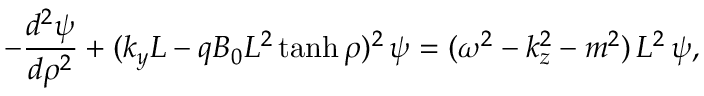
- { \frac { d ^ { 2 } \psi } { d \rho ^ { 2 } } } + ( k _ { y } L - q B _ { 0 } L ^ { 2 } \operatorname { t a n h } \rho ) ^ { 2 } \, \psi = ( \omega ^ { 2 } - k _ { z } ^ { 2 } - m ^ { 2 } ) \, L ^ { 2 } \, \psi ,